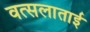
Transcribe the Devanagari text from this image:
वत्सलाताई